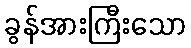
ခွန်အားကြီးသော